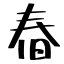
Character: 㫪